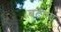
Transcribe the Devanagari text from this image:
बटाता